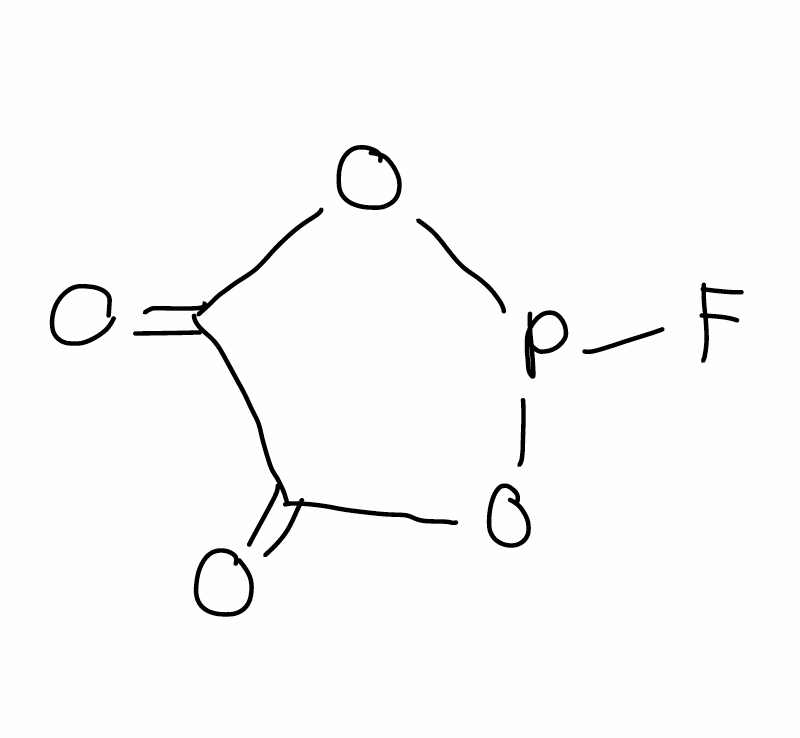
Simplified molecular-input line-entry system (SMILES) notation of the given molecule:
C1(=O)C(=O)OP(O1)F